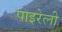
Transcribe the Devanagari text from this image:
पाइरेली